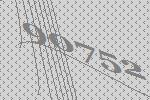
90752